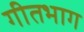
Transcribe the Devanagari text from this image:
गीतभाग